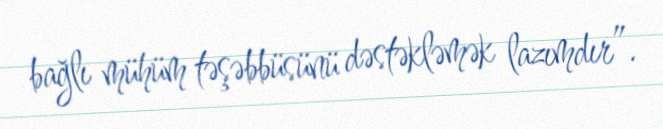
bağlı mühüm təşəbbüsünü dəstəkləmək lazımdır”.